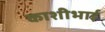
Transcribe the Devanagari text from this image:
काशीभाई